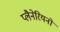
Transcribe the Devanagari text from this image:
प्लैनेरियनों